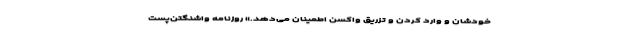
خودشان و وارد کردن و تزریق واکسن اطمینان می‌دهد.» روزنامه واشنگتن‌پست